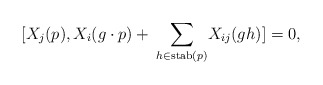
\begin{align*} [X_{j}(p),X_i(g\cdot p) +\: \underset{h\in \mathrm{stab}(p)}{\sum} X_{ij}(gh)]=0,\end{align*}